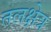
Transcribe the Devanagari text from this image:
तलक्षेत्र